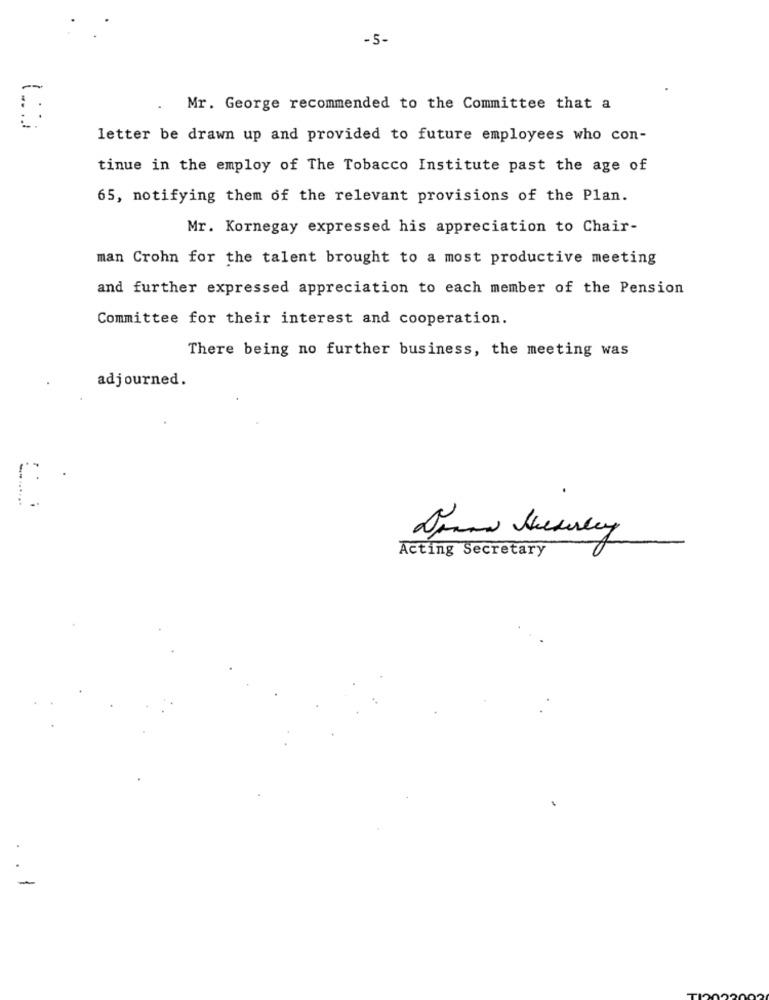
-5-
. Mr. George recommended to the Committee that a
: :
letter be drawn up and provided to future employees who con-
tinue in the employ of The Tobacco Institute past the age of
65, notifying them of the relevant provisions of the Plan.
Mr. Kornegay expressed his appreciation to Chair-
man Crohn for the talent brought to a most productive meeting
and further expressed appreciation to each member of the Pension
Committee for their interest and cooperation.
There being no further business, the meeting was
adjourned.
Acting Secretary